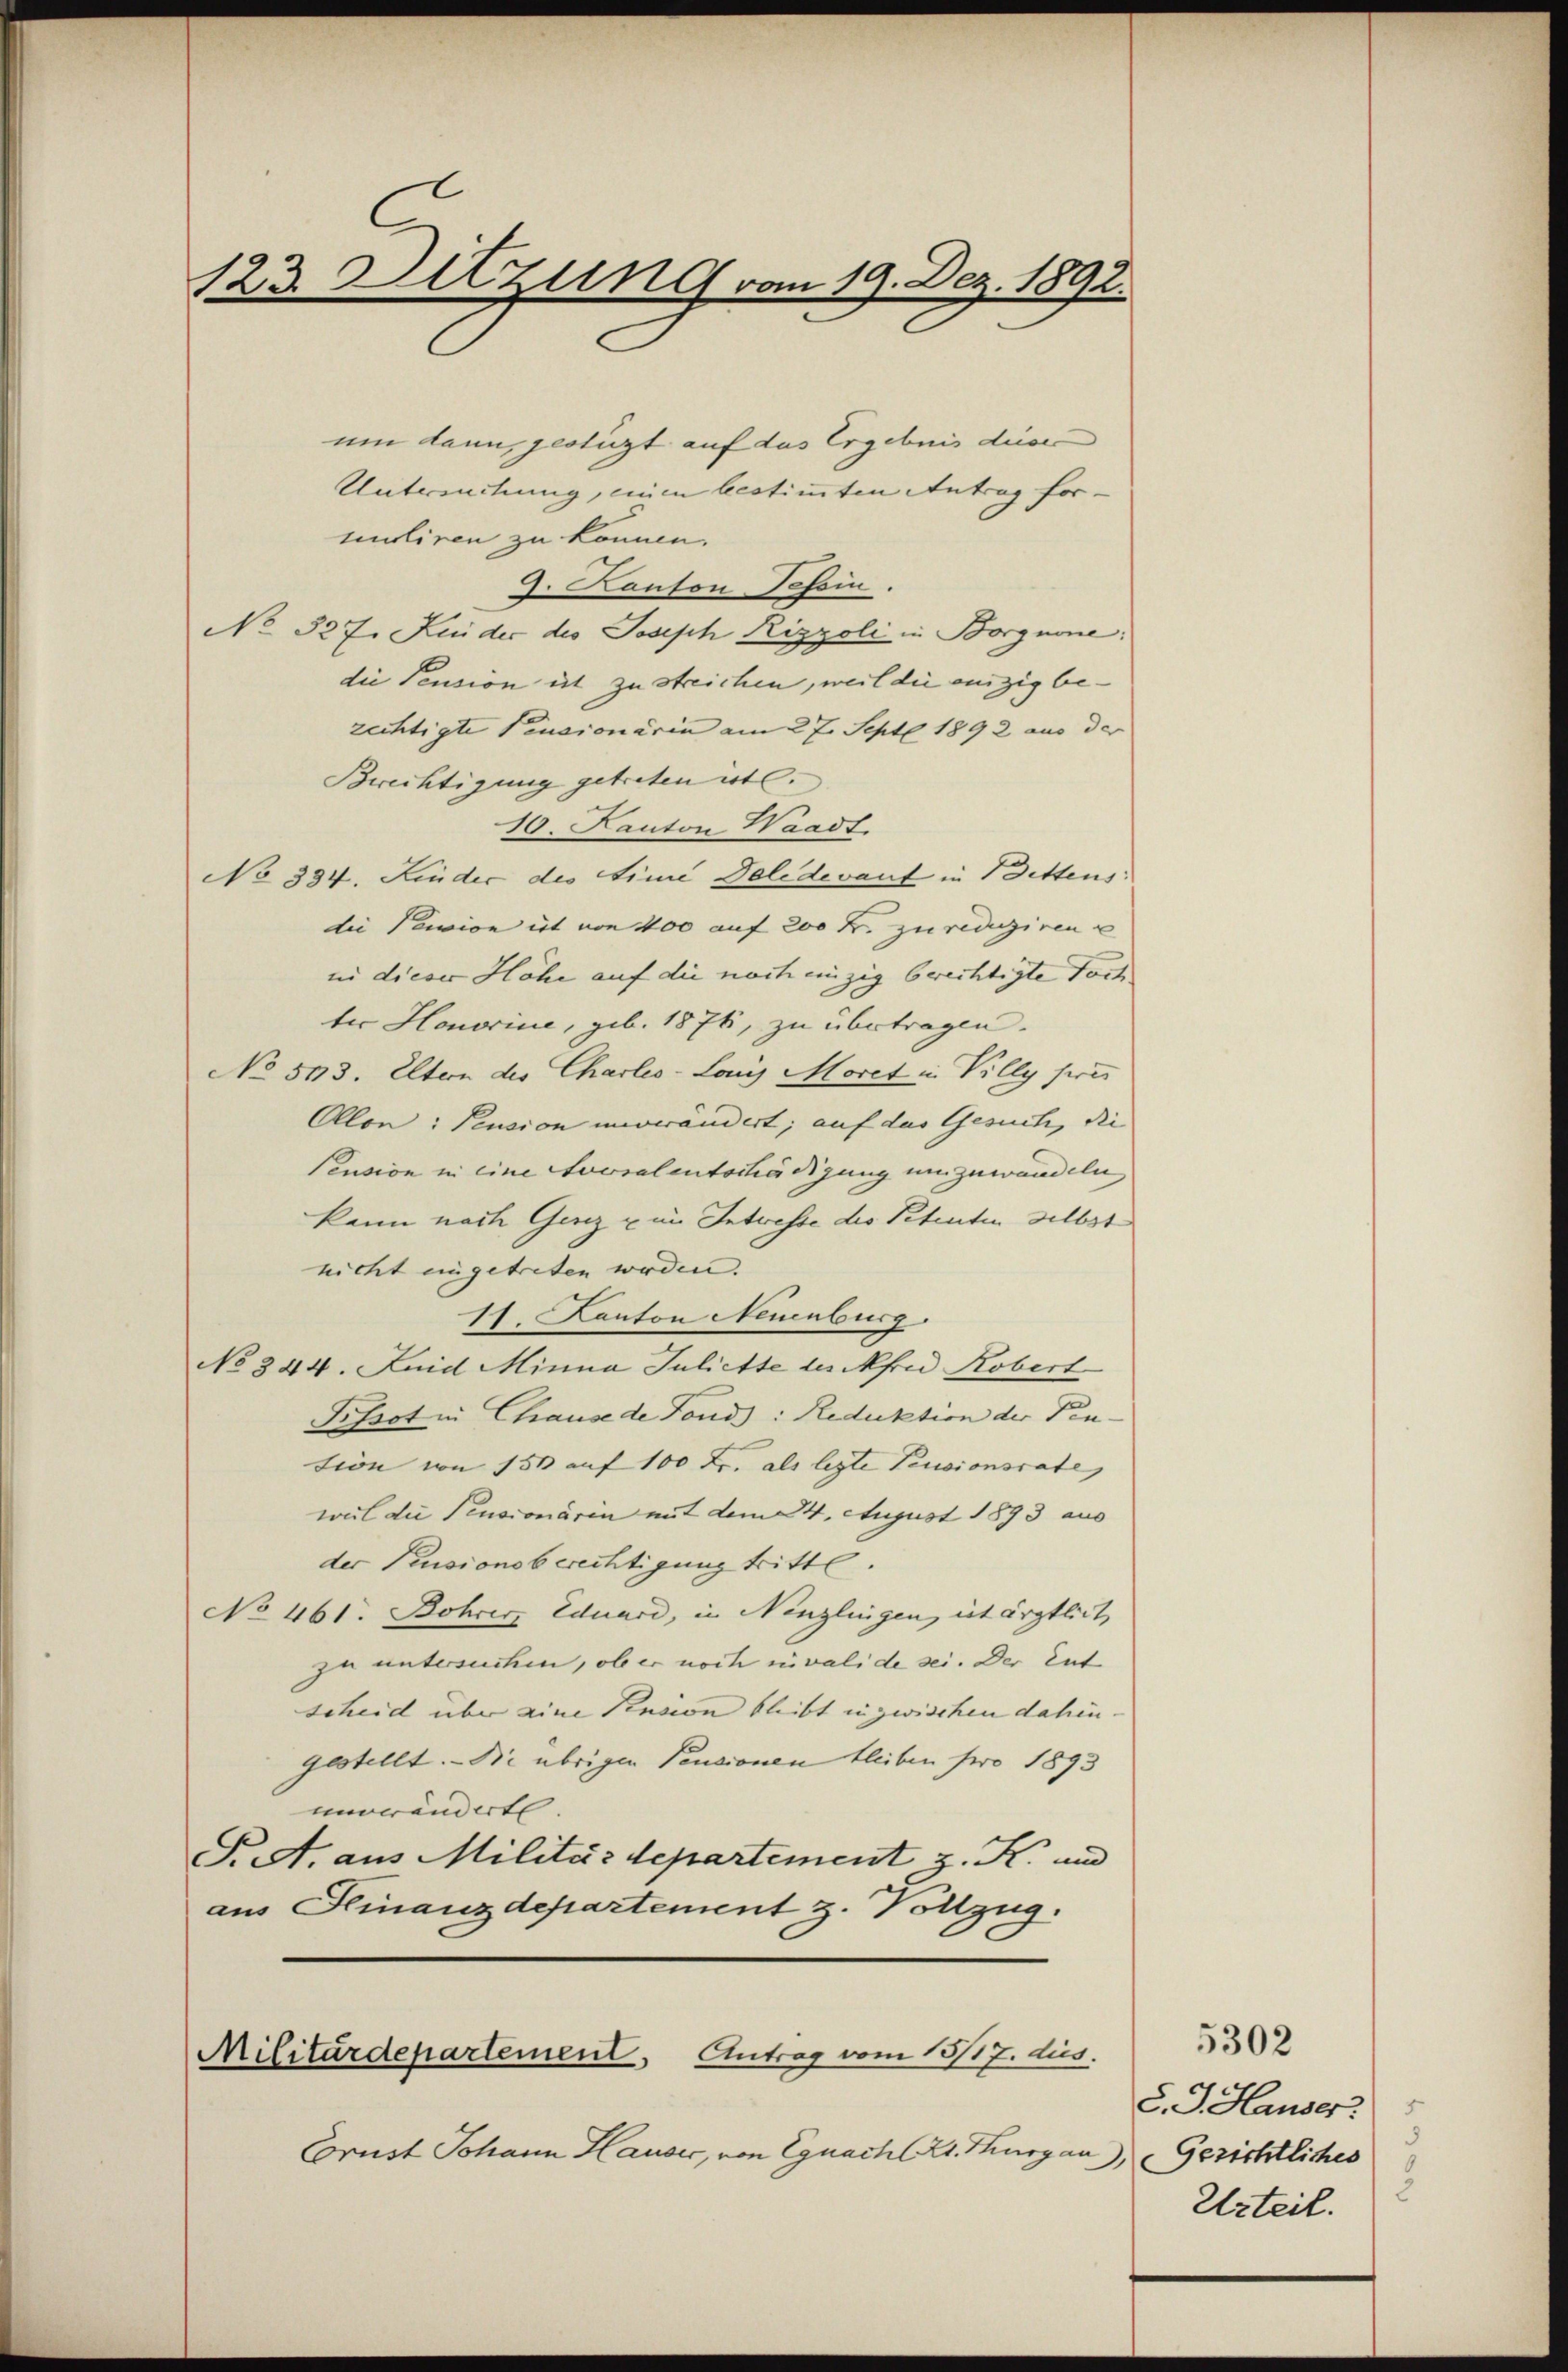
123. Sitzung vom 19. Dez. 1892.

um dann, gestüzt auf das Ergebnis diesen
Untreichung, einen bestimmten Antrag formuliren zu können.
9. Konton Schein.
No 327. uider des Joseph Rizzoli in Borgnone:
die Pension ist zu streichen, weil die einzig be-
zechtigte Pensionärin am 27. Sept. 1892 aus der
Brechtigung getreten etc.
10. Kanton Waadt.
No 334. Linder des Linie Deledevant in Bittens:
die Pewion et von 400 auf 200 Fr. zu reduziren u
in dieser Höhe auf die noch einzig berechtigte Tochter Honorine, geb. 1876, zu übertragen.
No 513. Eltern der Charles-Lois Moret in Villy pres
Ollon: Pension unverändert; auf das Gesuch, die
Pension in eine Socialentschädigung umzuwandeln,
kann nach Genz u im Intresse des Petenten selbst
nicht eingetreten werden. |
11. Kanton Neinburg.
No 344. Juid Minna Juliette des Afrid Robert
Pissot in Chause de Fonds: Reduktion der Pention von 150 auf 100 Fr. als legte Pensionsrate,
weil die Pensionärin mit dem 24. August 1893 aus
der Pensionsberechtigung tritte.
No 461. Bohrer Eduard, in Ninglingen, ist ärztlich
zu untersuchen, ob er noch invalide sei. Der Ent
scheid über eine Pension bleibt in zwischen dahin
gestellt. - Die übrigen Pensionen bleiben pro 1893
unrwändert.
S. A. aus Militärdepartement z. K. und
aus Finanzdepartement z. Vollzug.

Militärdepartement, Antrag vom 13/17. dies

Cornst Johann Hauser, von Egnach Kt. Thurgau, Gerichtliches

d. J. Hauser
Urteil.

5302